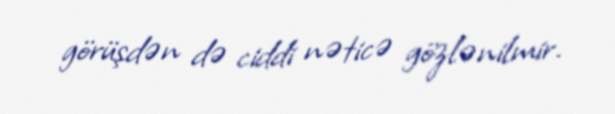
görüşdən də ciddi nəticə gözlənilmir.